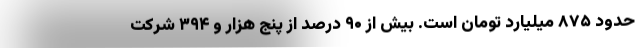
حدود ۸۷۵ میلیارد تومان است. بیش از ۹۰ درصد از پنج هزار و ۳۹۴ شرکت